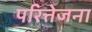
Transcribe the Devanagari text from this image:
परित्तेजना